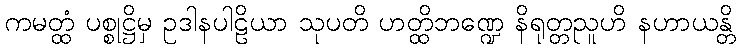
ကမတ္ထံ ပစ္စုဋ္ဌိမှ ဥဒါနပါဠိယာ သုပတိ ဟတ္ထိဘဏ္ဍေ နိရုတ္တညူဟိ နဟာယန္တိ